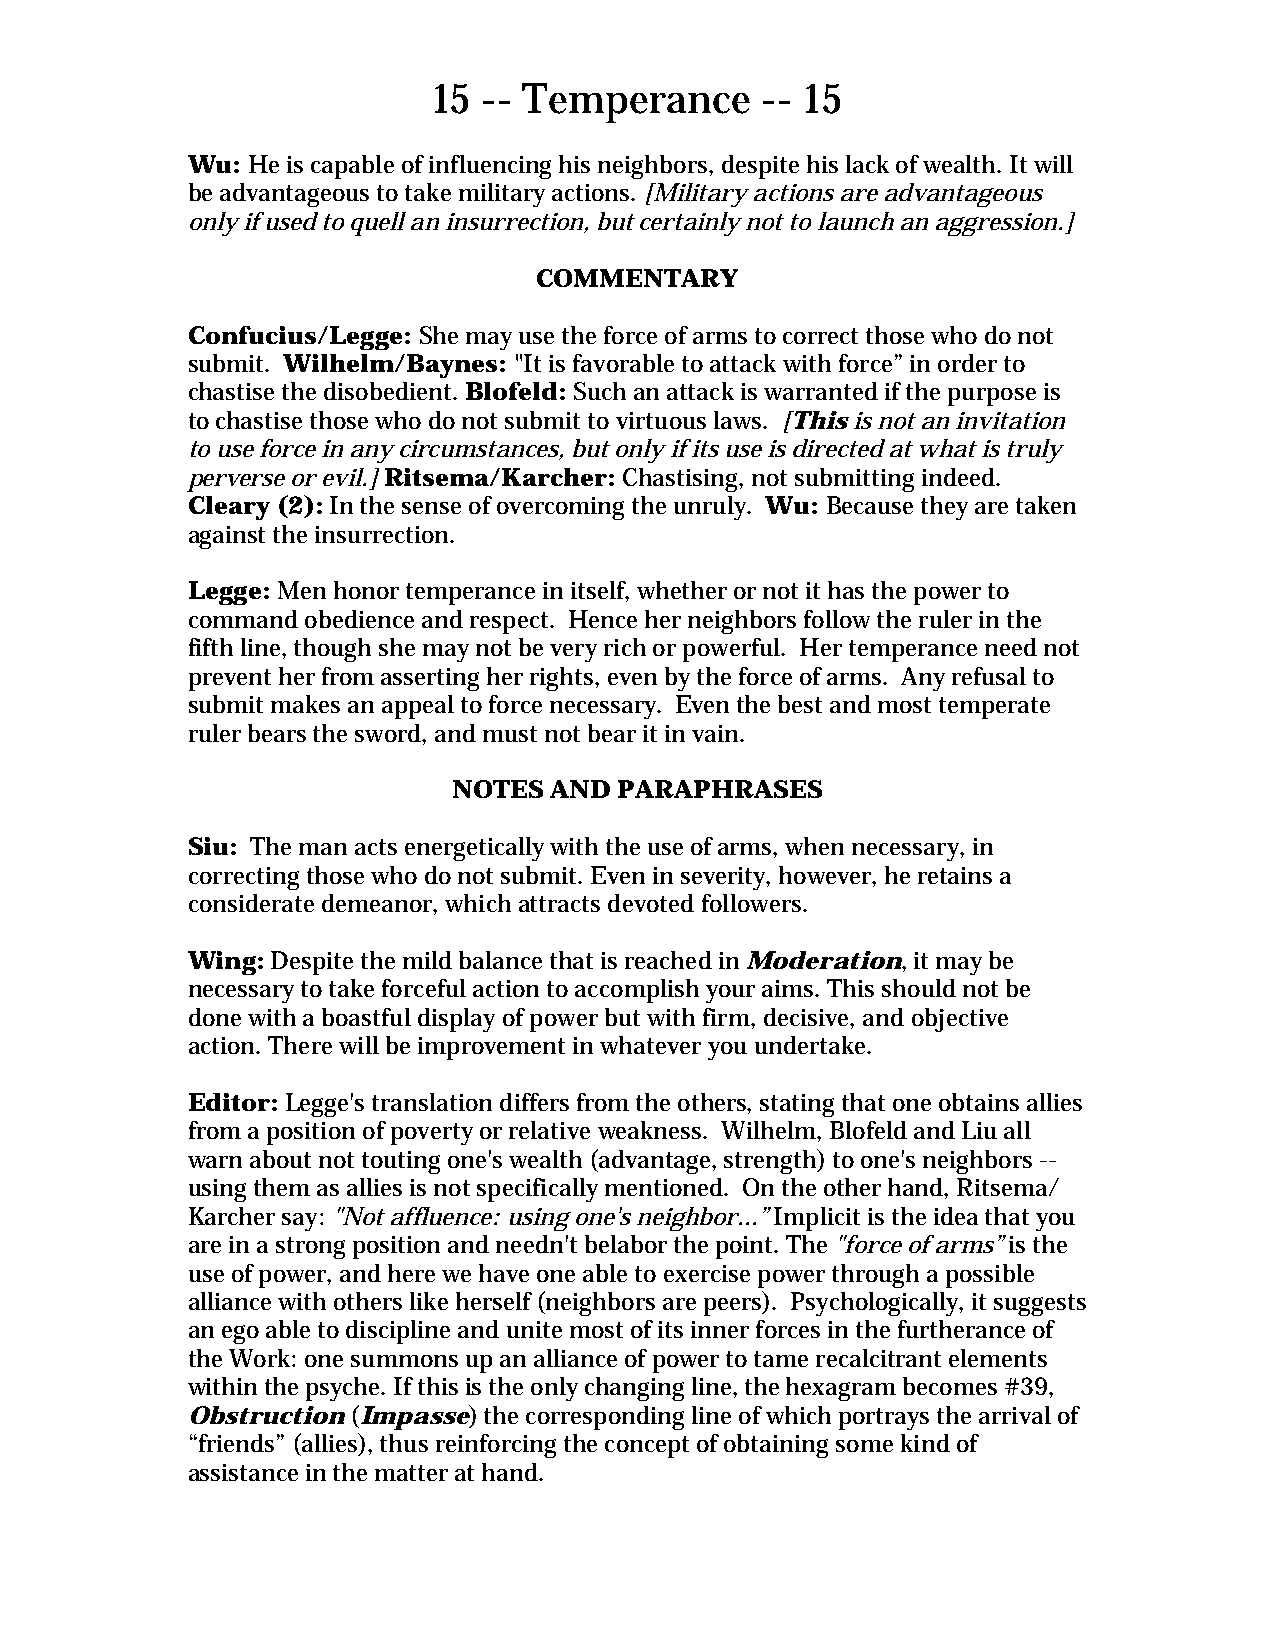
15 -- Temperance     -- 15
 Wu: He is capable of influencing his neighbors, despite his lack of wealth. It will
 be advantageous to take military actions. [Military actions are advantageous
 only if used to quell an insurrection, but certainly not to launch an aggression.]
 COMMENTARY
 Confucius/Legge: She may use the force of arms to correct those who do not
 submit. Wilhelm/Baynes: "It is favorable to attack with force” in order to
 chastise the disobedient. Blofeld: Such an attack is warranted if the purpose is
 to chastise those who do not submit to virtuous laws. [This is not an invitation
 to use force in any circumstances, but only if its use is directed at what is truly
 perverse or evil.] Ritsema/Karcher: Chastising, not submitting indeed.
 Cleary (2): In the sense of overcoming the unruly. Wu: Because they are taken
 against the insurrection.
 Legge: Men honor temperance in itself, whether or not it has the power to
 command obedience and respect. Hence her neighbors follow the ruler in the
 fifth line, though she may not be very rich or powerful. Her temperance need not
 prevent her from asserting her rights, even by the force of arms. Any refusal to
 submit makes an appeal to force necessary. Even the best and most temperate
 ruler bears the sword, and must not bear it in vain.
 NOTES AND  PARAPHRASES
 Siu: The man acts energetically with the use of arms, when necessary, in
 correcting those who do not submit. Even in severity, however, he retains a
 considerate demeanor, which attracts devoted followers.
 Wing: Despite the mild balance that is reached in Moderation, it may be
 necessary to take forceful action to accomplish your aims. This should not be
 done with a boastful display of power but with firm, decisive, and objective
 action. There will be improvement in whatever you undertake.
 Editor: Legge's translation differs from the others, stating that one obtains allies
 from a position of poverty or relative weakness. Wilhelm, Blofeld and Liu all
 warn about not touting one's wealth (advantage, strength) to one's neighbors --
 using them as allies is not specifically mentioned. On the other hand, Ritsema/
 Karcher say: "Not affluence: using one's neighbor...” Implicit is the idea that you
 are in a strong position and needn't belabor the point. The "force of arms” is the
 use of power, and here we have one able to exercise power through a possible
 alliance with others like herself (neighbors are peers). Psychologically, it suggests
 an ego able to discipline and unite most of its inner forces in the furtherance of
 the Work: one summons up an alliance of power to tame recalcitrant elements
 within the psyche. If this is the only changing line, the hexagram becomes #39,
 Obstruction (Impasse) the corresponding line of which portrays the arrival of
 “friends” (allies), thus reinforcing the concept of obtaining some kind of
 assistance in the matter at hand.